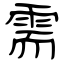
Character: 需